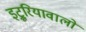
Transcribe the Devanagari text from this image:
इट्रूरियावालों